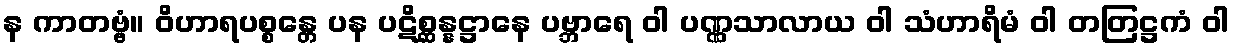
န ကာတဗ္ဗံ။ ဝိဟာရပစ္စန္တေ ပန ပဋိစ္ဆန္နဋ္ဌာနေ ပဗ္ဘာရေ ဝါ ပဏ္ဏသာလာယ ဝါ သံဟာရိမံ ဝါ တတြဋ္ဌကံ ဝါ